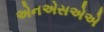
એનએસએએ